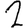
Digit: 2